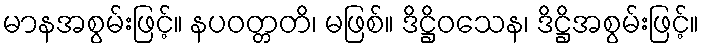
မာနအစွမ်းဖြင့်။ နပဝတ္တတိ၊ မဖြစ်။ ဒိဋ္ဌိဝသေန၊ ဒိဋ္ဌိအစွမ်းဖြင့်။